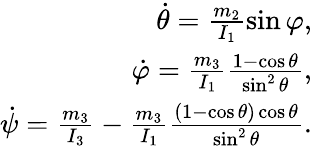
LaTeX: \begin{array}{r}{\dot{\theta}=\frac{m_{2}}{I_{1}}\sin\varphi,}\\ {\dot{\varphi}=\frac{m_{3}}{I_{1}}\frac{1-\cos\theta}{\sin^{2}\theta},}\\ {\dot{\psi}=\frac{m_{3}}{I_{3}}-\frac{m_{3}}{I_{1}}\frac{(1-\cos\theta)\cos\theta}{\sin^{2}\theta}.}\end{array}